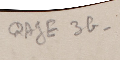
QAJE3G_48 2